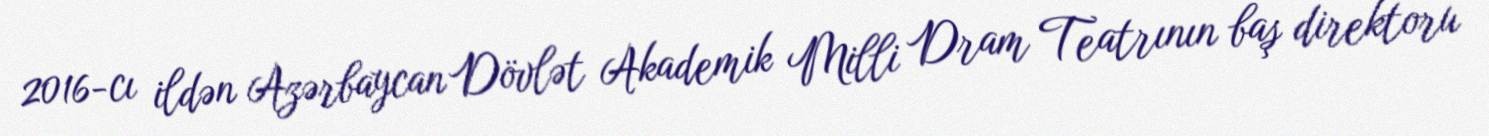
2016-cı ildən Azərbaycan Dövlət Akademik Milli Dram Teatrının baş direktoru